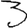
Digit: 3